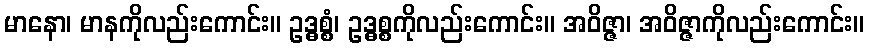
မာနော၊ မာနကိုလည်းကောင်း။ ဥဒ္ဓစ္စံ၊ ဥဒ္ဓစ္စကိုလည်းကောင်း။ အဝိဇ္ဇာ၊ အဝိဇ္ဇာကိုလည်းကောင်း။